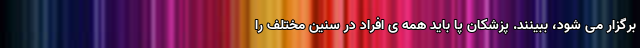
برگزار می شود، ببینند. پزشکان پا باید همه ی افراد در سنین مختلف را